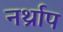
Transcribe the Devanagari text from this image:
नर्थ्राप